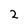
Character: 2